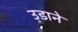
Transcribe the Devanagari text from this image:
उ़डाने